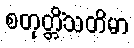
စတုတ္တိံသတိမာ